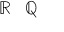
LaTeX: \mathbb { R } \setminus \mathbb { Q }